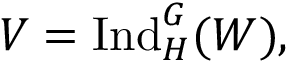
V = { \mathrm { I n d } } _ { H } ^ { G } ( W ) ,